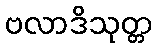
ဗလာဒိသုတ္တ